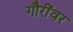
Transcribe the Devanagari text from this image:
गौरींवर